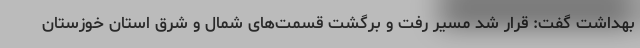
بهداشت گفت: قرار شد مسیر رفت و برگشت قسمت‌های شمال و شرق استان خوزستان